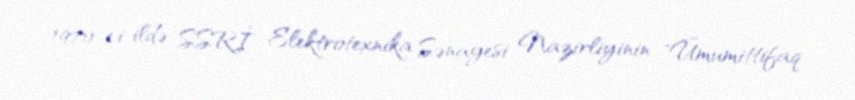
1970-ci ildə SSRİ Elektrotexnika Sənayesi Nazirliyinin "Ümumittifaq